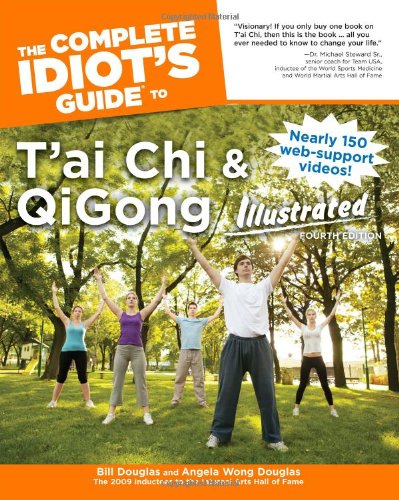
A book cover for The Complete Idiot's Guide to T'ai Chi & QiGong Illustrated, Fourth Edition (Idiot's Guides); Angela Wong Douglas; Health, Fitness & Dieting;